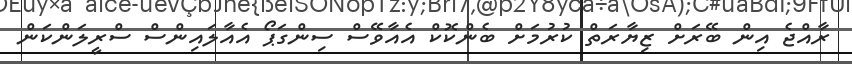
ރާއްޖެ އިން ބޭރަށް ޒިޔާރަތް ކުރުމަށް ބެންކޮކް އެއާވޭސް ސިންގަޕޯ އެއާލައިންސް ސްރީލަންކަން